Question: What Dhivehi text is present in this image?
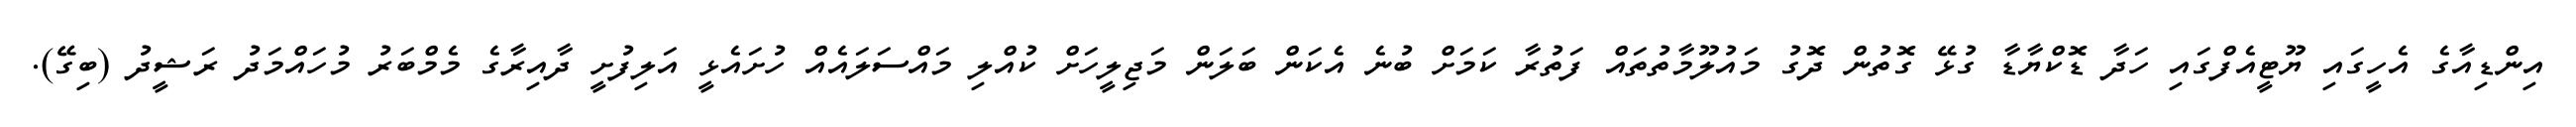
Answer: އިންޑިއާގެ އެހީގައި ޔޫޓީއެފްގައި ހަދާ ޑޮކްޔާޑާ ގުޅޭ ގޮތުން ދޮގު މައުލޫމާތުތައް ފަތުރާ ކަމަށް ބުނެ އެކަން ބަލަން މަޖިލީހަށް ކުއްލި މައްސަލައެއް ހުށައެޅީ އަލިފުށީ ދާއިރާގެ މެމްބަރު މުހައްމަދު ރަޝީދު (ބިގޭ).